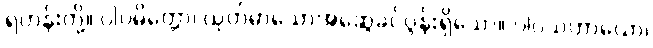
ရဟန်းတို့။ ပါပမိတ္တော၊ ယုတ်မာသောအဆွေခင်ပွန်းရှိသော။ ပါပသဟာယော၊